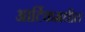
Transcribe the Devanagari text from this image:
आर्टिकमधील